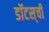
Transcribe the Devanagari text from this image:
डॉटस्‌ची